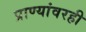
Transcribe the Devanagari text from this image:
प्राण्यांवरही